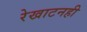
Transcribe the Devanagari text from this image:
रेखाटनही